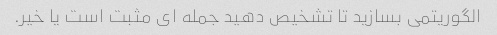
الگوریتمی بسازید تا تشخیص دهید جمله ای مثبت است یا خیر.